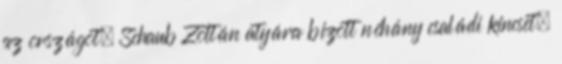
az országot, Schaub Zoltán atyára bízott néhány családi kincset.